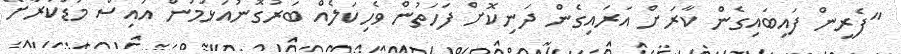
"ފެރީން ފައިބައިގެން ކާރަށް އަރައިގެން ދަނިކޮށް ފަހަތުން ވެހިކަލެއް ބަރުގޮނުއަޅަމުން އައިސް މަޑުކުރާށޭ